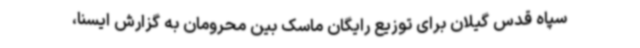
سپاه قدس گیلان برای توزیع رایگان ماسک بین محرومان به گزارش ایسنا،